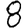
Digit: 8